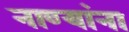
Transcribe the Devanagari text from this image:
नाण्यांना